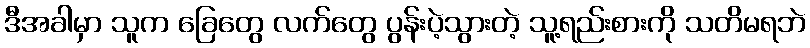
ဒီအခါမှာ သူက ခြေတွေ လက်တွေ ပွန်းပဲ့သွားတဲ့ သူ့ရည်းစားကို သတိမရဘဲ